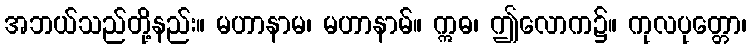
အဘယ်သည်တို့နည်း။ မဟာနာမ၊ မဟာနာမ်။ ဣဓ၊ ဤလောက၌။ ကုလပုတ္တော၊